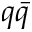
q \bar { q }